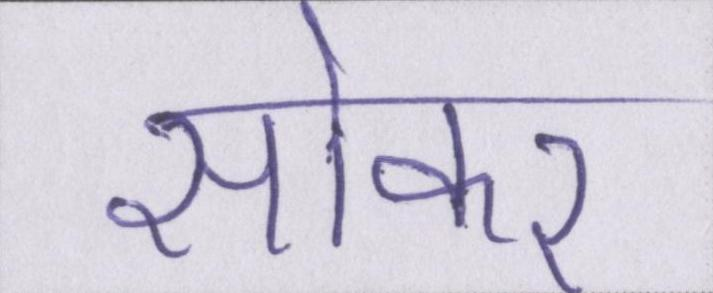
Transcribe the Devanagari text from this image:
सोकर